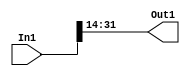
module controllerHdl_Convert_Data_Type
          (
           In1,
           Out1
          );


  input   signed [31:0] In1;  // sfix32_En21
  output  signed [17:0] Out1;  // sfix18_En7


  wire signed [17:0] Data_Type_Conversion_out1;  // sfix18_En7


  // <S26>/Data Type Conversion
  assign Data_Type_Conversion_out1 = In1[31:14];



  assign Out1 = Data_Type_Conversion_out1;

endmodule